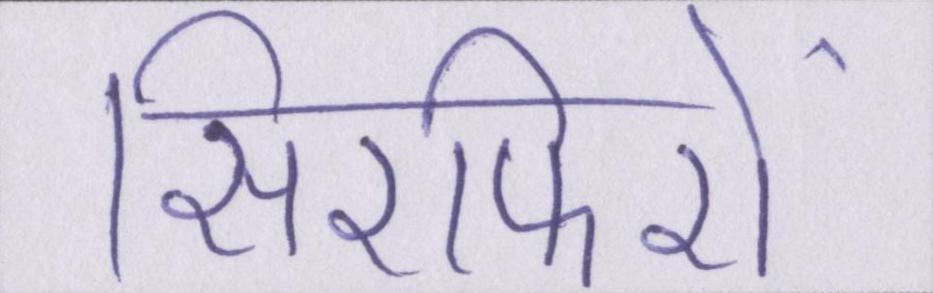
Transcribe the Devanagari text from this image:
सिरफिरों